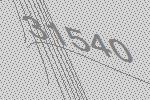
31540